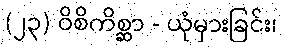
(၂၃) ဝိစိကိစ္ဆာ - ယုံမှားခြင်း၊